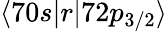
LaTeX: \langle 70s|r|72p_{3/2}\rangle